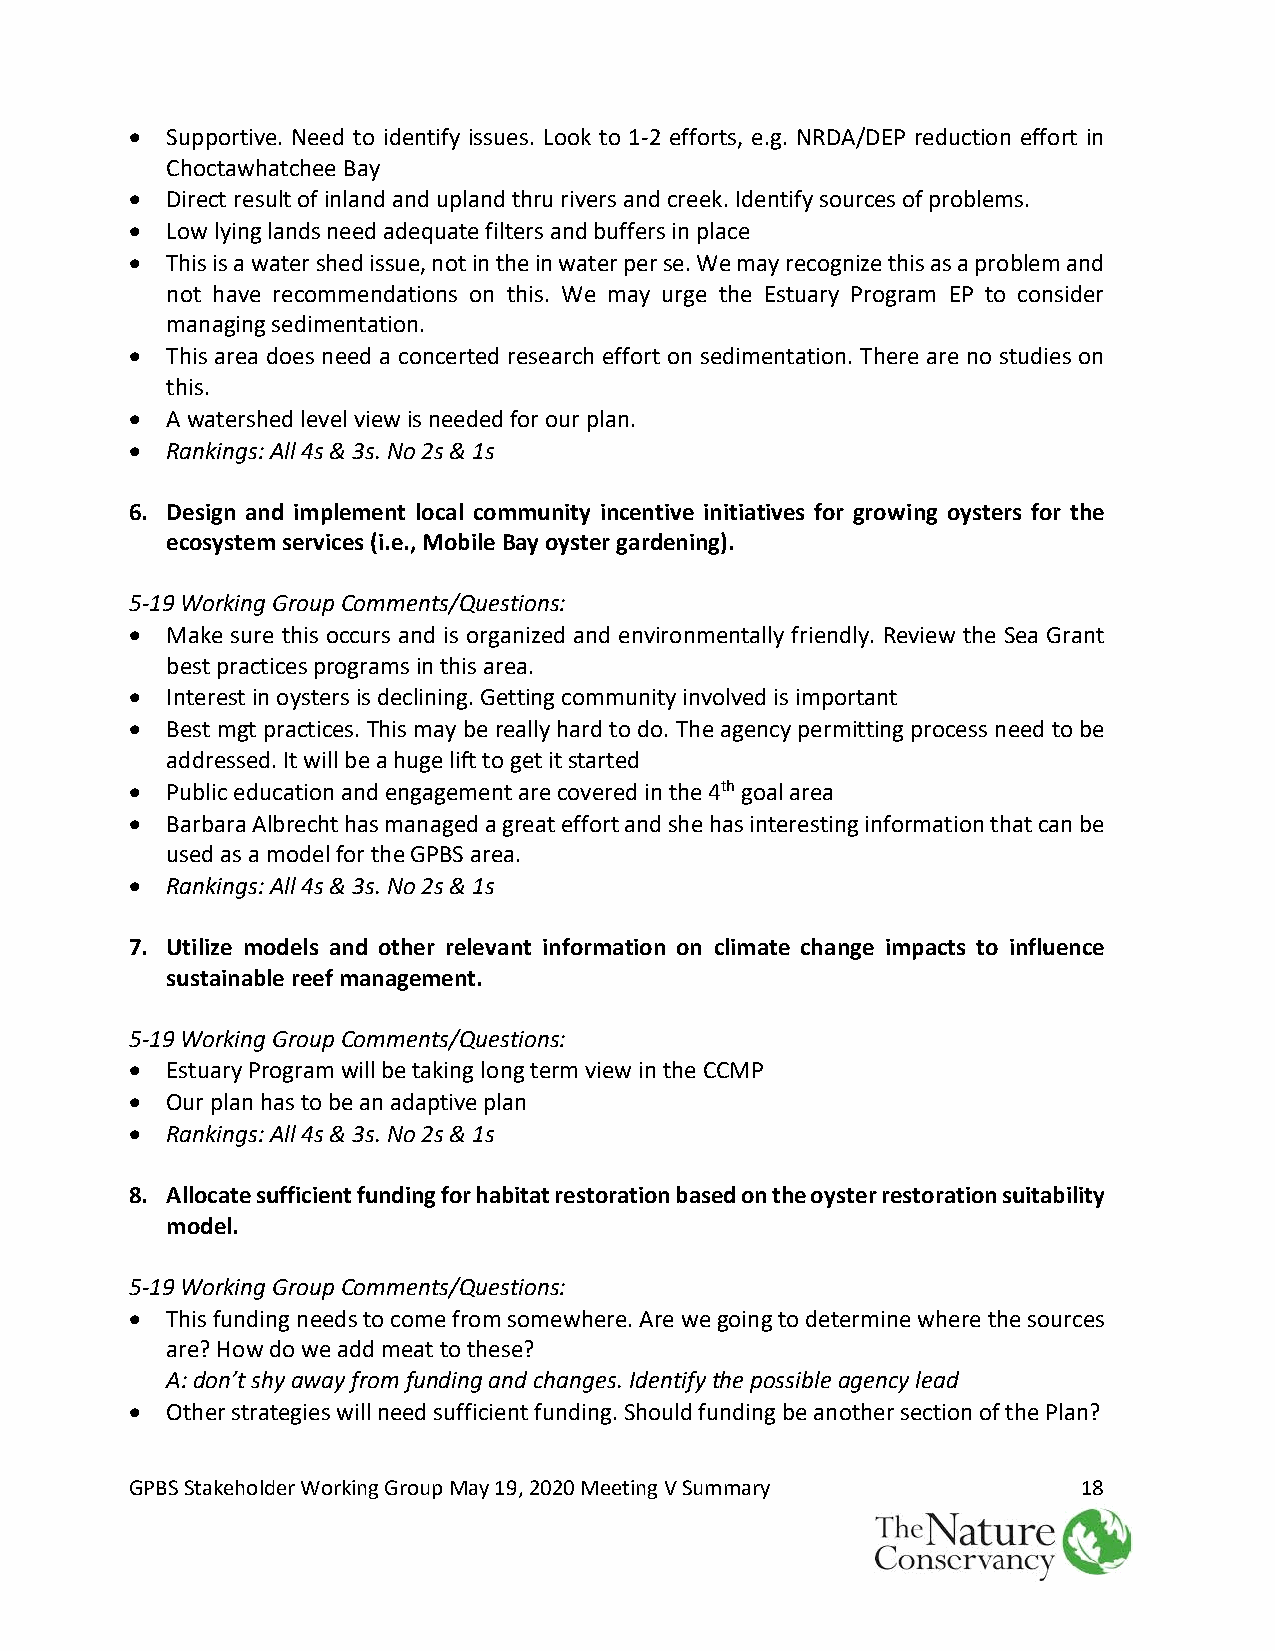
• Supportive. Need to identify issues. Look to 1-2 efforts, e.g. NRDA/DEP reduction effort in
 Choctawhatchee Bay
 • Direct result of inland and upland thru rivers and creek. Identify sources of problems.
 • Low lying lands need adequate filters and buffers in place
 • This is a water shed issue, not in the in water per se. We may recognize this as a problem and
 not have recommendations on this. We may urge the Estuary Program EP to consider
 managing sedimentation.
 • This area does need a concerted research effort on sedimentation. There are no studies on
 this.
 • A watershed level view is needed for our plan.
 • Rankings: All 4s & 3s. No 2s & 1s
 6. Design and implement local community incentive initiatives for growing oysters for the
 ecosystem services (i.e., Mobile Bay oyster gardening).
 5-19 Working Group Comments/Questions:
 • Make sure this occurs and is organized and environmentally friendly. Review the Sea Grant
 best practices programs in this area.
 • Interest in oysters is declining. Getting community involved is important
 • Best mgt practices. This may be really hard to do. The agency permitting process need to be
 addressed. It will be a huge lift to get it started
 • Public education and engagement are covered in the 4th goal area
 • Barbara Albrecht has managed a great effort and she has interesting information that can be
 used as a model for the GPBS area.
 • Rankings: All 4s & 3s. No 2s & 1s
 7. Utilize models and other relevant information on climate change impacts to influence
 sustainable reef management.
 5-19 Working Group Comments/Questions:
 • Estuary Program will be taking long term view in the CCMP
 • Our plan has to be an adaptive plan
 • Rankings: All 4s & 3s. No 2s & 1s
 8. Allocate sufficient funding for habitat restoration based on the oyster restoration suitability
 model.
 5-19 Working Group Comments/Questions:
 • This funding needs to come from somewhere. Are we going to determine where the sources
 are? How do we add meat to these?
 A: don’t shy away from funding and changes. Identify the possible agency lead
 • Other strategies will need sufficient funding. Should funding be another section of the Plan?
 GPBS Stakeholder Working Group May 19, 2020 Meeting V Summary  18
 Nature   ~~
 The
 Conservancy ~